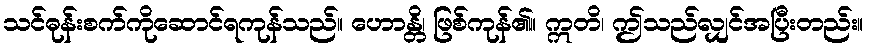
သင်ဓုန်းစက်ကိုဆောင်ရကုန်သည်။ ဟောန္တိ၊ ဖြစ်ကုန်၏။ ဣတိ၊ ဤသည်လျှင်အပြီးတည်း။